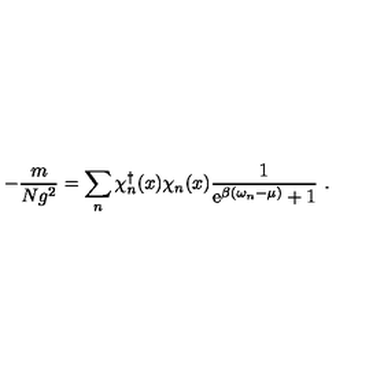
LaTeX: - \frac { m } { N g ^ { 2 } } = \sum _ { n } \chi _ { n } ^ { \dagger } ( x ) \chi _ { n } ( x ) \frac { 1 } { \mathrm { e } ^ { \beta ( \omega _ { n } - \mu ) } + 1 } \ .